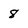
Character: 8